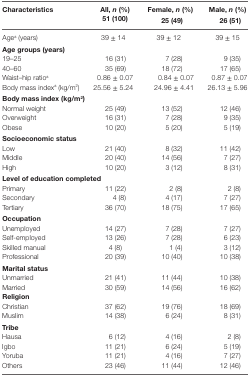
<table><thead><tr><td><b>Characteristics</b></td><td><b>All, <i>n</i> (%)51 (100)</b></td><td><b>Female, <i>n</i> (%)25 (49)</b></td><td><b>Male, <i>n</i> (%)26 (51)</b></td></tr></thead><tbody><tr><td>Age<sup>a</sup> (years)</td><td>39 ± 14</td><td>39 ± 12</td><td>39 ± 15</td></tr><tr><td colspan="4"><b>Age groups (years)</b></td></tr><tr><td>19–25</td><td>16 (31)</td><td>7 (28)</td><td>9 (35)</td></tr><tr><td>40–60</td><td>35 (69)</td><td>18 (72)</td><td>17 (65)</td></tr><tr><td>Waist–hip ratio<sup>a</sup></td><td>0.86 ± 0.07</td><td>0.84 ± 0.07</td><td>0.87 ± 0.07</td></tr><tr><td>Body mass index<sup>a</sup> (kg/m<sup>2</sup>)</td><td>25.56 ± 5.24</td><td>24.96 ± 4.41</td><td>26.13 ± 5.96</td></tr><tr><td colspan="4"><b>Body mass index (kg/m<sup>2</sup>)</b></td></tr><tr><td>Normal weight</td><td>25 (49)</td><td>13 (52)</td><td>12 (46)</td></tr><tr><td>Overweight</td><td>16 (31)</td><td>7 (28)</td><td>9 (35)</td></tr><tr><td>Obese</td><td>10 (20)</td><td>5 (20)</td><td>5 (19)</td></tr><tr><td colspan="4"><b>Socioeconomic status</b></td></tr><tr><td>Low</td><td>21 (40)</td><td>8 (32)</td><td>11 (42)</td></tr><tr><td>Middle</td><td>20 (40)</td><td>14 (56)</td><td>7 (27)</td></tr><tr><td>High</td><td>10 (20)</td><td>3 (12)</td><td>8 (31)</td></tr><tr><td colspan="4"><b>Level of education completed</b></td></tr><tr><td>Primary</td><td>11 (22)</td><td>2 (8)</td><td>2 (8)</td></tr><tr><td>Secondary</td><td>4 (8)</td><td>4 (17)</td><td>7 (27)</td></tr><tr><td>Tertiary</td><td>36 (70)</td><td>18 (75)</td><td>17 (65)</td></tr><tr><td colspan="4"><b>Occupation</b></td></tr><tr><td>Unemployed</td><td>14 (27)</td><td>7 (28)</td><td>7 (27)</td></tr><tr><td>Self-employed</td><td>13 (26)</td><td>7 (28)</td><td>6 (23)</td></tr><tr><td>Skilled manual</td><td>4 (8)</td><td>1 (4)</td><td>3 (12)</td></tr><tr><td>Professional</td><td>20 (39)</td><td>10 (40)</td><td>10 (38)</td></tr><tr><td colspan="4"><b>Marital status</b></td></tr><tr><td>Unmarried</td><td>21 (41)</td><td>11 (44)</td><td>10 (38)</td></tr><tr><td>Married</td><td>30 (59)</td><td>14 (56)</td><td>16 (62)</td></tr><tr><td colspan="4"><b>Religion</b></td></tr><tr><td>Christian</td><td>37 (62)</td><td>19 (76)</td><td>18 (69)</td></tr><tr><td>Muslim</td><td>14 (38)</td><td>6 (24)</td><td>8 (31)</td></tr><tr><td colspan="4"><b>Tribe</b></td></tr><tr><td>Hausa</td><td>6 (12)</td><td>4 (16)</td><td>2 (8)</td></tr><tr><td>Igbo</td><td>11 (21)</td><td>6 (24)</td><td>5 (19)</td></tr><tr><td>Yoruba</td><td>11 (21)</td><td>4 (16)</td><td>7 (27)</td></tr><tr><td>Others</td><td>23 (46)</td><td>11 (44)</td><td>12 (46)</td></tr></tbody></table>